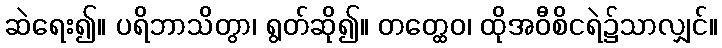
ဆဲရေး၍။ ပရိဘာသိတွာ၊ ရွတ်ဆို၍။ တတ္ထေဝ၊ ထိုအဝီစိငရဲ၌သာလျှင်။